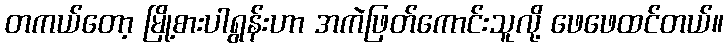
တကယ်တော့ မြို့စားပါရွန်းဟာ အကဲဖြတ်ကောင်းသူလို့ ဖေဖေထင်တယ်။